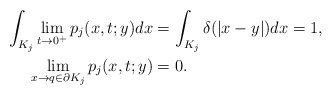
\begin{align*}\int_{K_j}\lim_{t\rightarrow 0^+} p_{j}(x,t;y) dx&=\int_{K_j} \delta(|x-y|)dx=1, \\\lim_{x\rightarrow q\in \partial K_j}p_{j}(x,t;y)&=0 . \end{align*}